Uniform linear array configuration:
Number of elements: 16
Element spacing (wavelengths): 0.5
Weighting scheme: kaiser
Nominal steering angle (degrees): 0
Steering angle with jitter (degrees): -1.342
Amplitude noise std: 0.05
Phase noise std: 0.05

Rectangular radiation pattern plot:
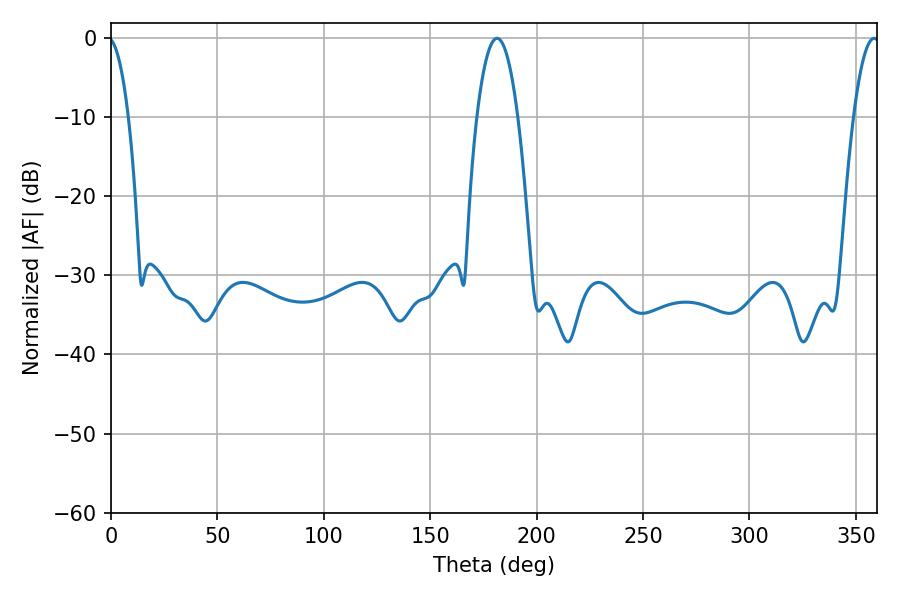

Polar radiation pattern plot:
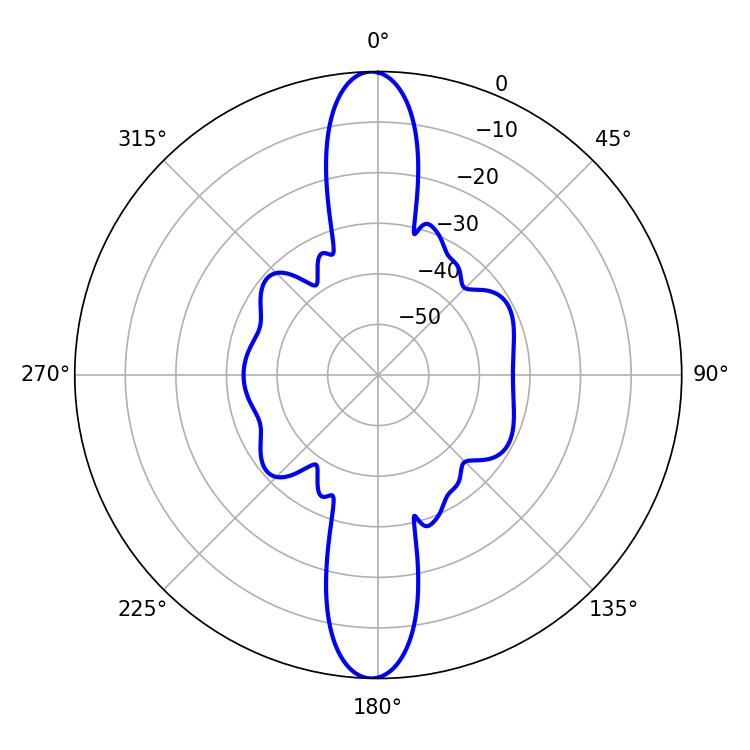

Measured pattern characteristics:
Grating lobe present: FALSE
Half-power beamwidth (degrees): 10.8
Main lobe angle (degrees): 181.44